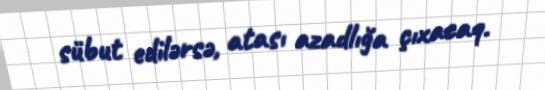
sübut edilərsə, atası azadlığa çıxacaq.